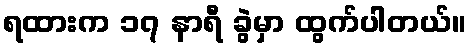
ရထားက ၁၇ နာရီ ခွဲမှာ ထွက်ပါတယ်။